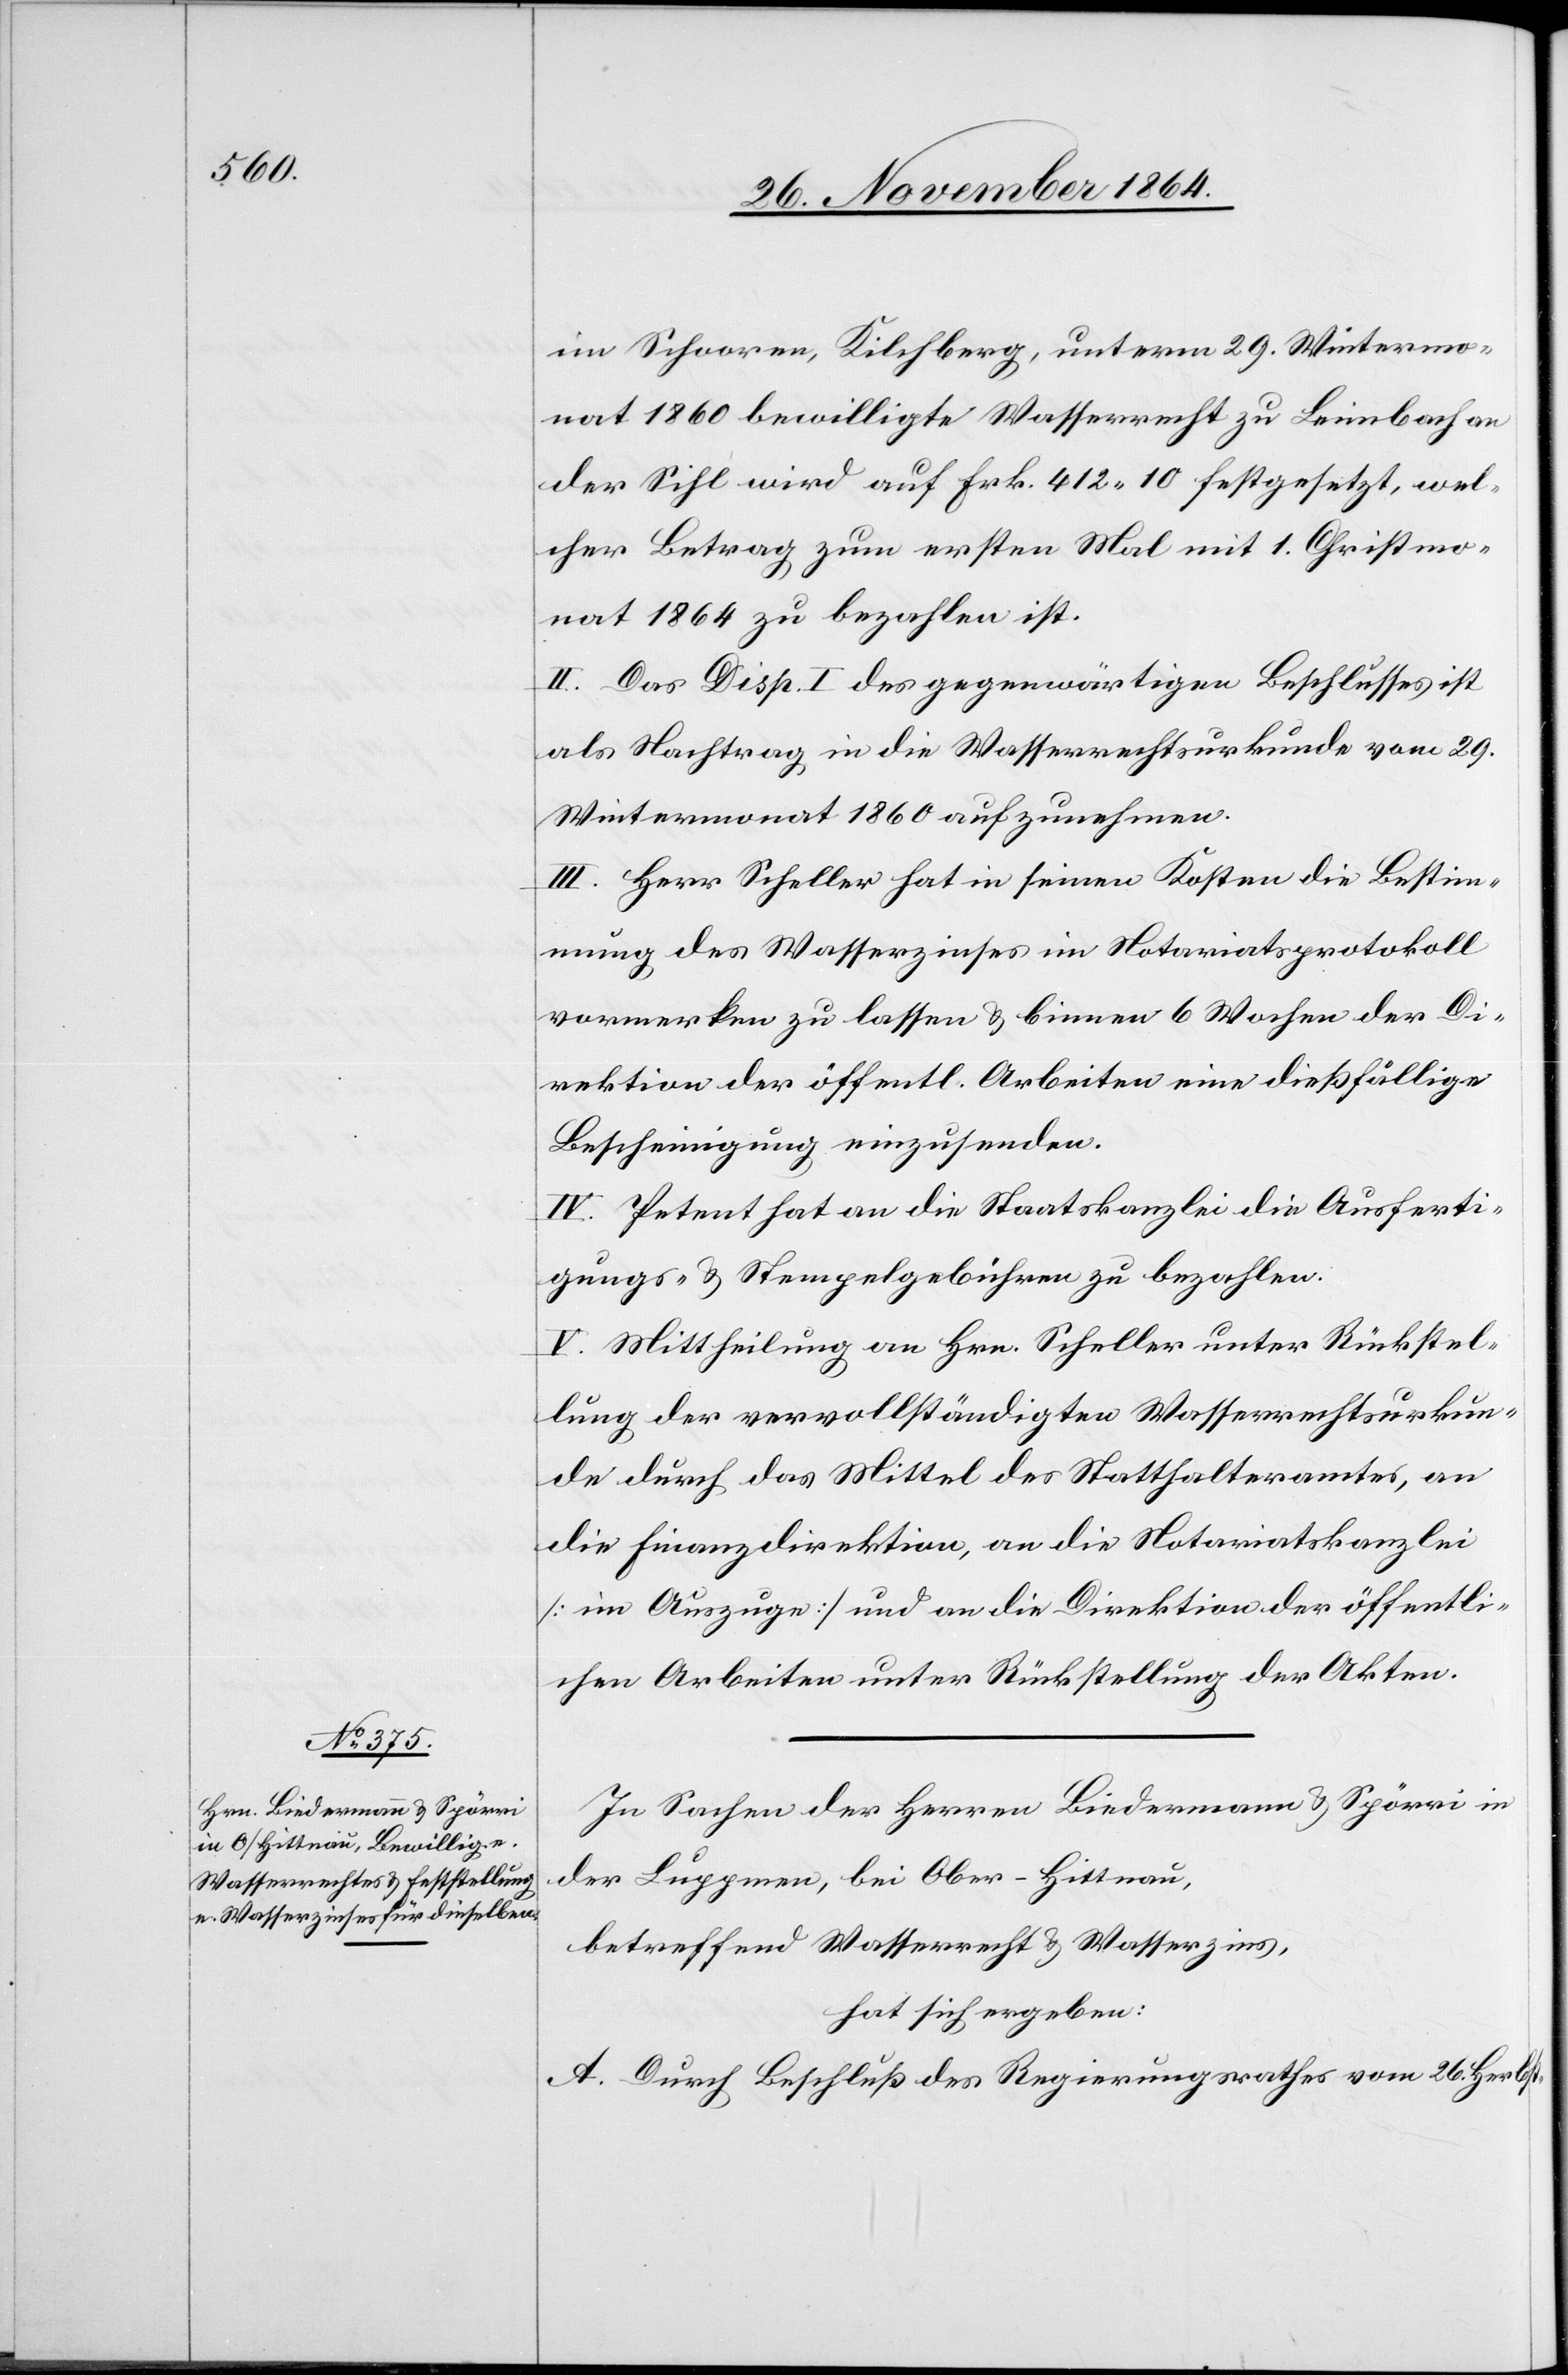
im Schooren, Kilchberg, unterm 29. Wintermo¬
nat 1860 bewilligte Wasserrecht zu Leimbach an
der Sihl wird auf Frk. 412.10 festgesetzt, wel¬
cher Betrag zum ersten Mal mit 1. Christmo¬
nat 1864 zu bezahlen ist.
II. Das Disp. I des gegenwärtigen Beschlusses ist
als Nachtrag in die Wasserrechtsurkunde vom 29.
Wintermonat 1860 aufzunehmen.
III. Herr Scheller hat in seinen Kosten die Bestim¬
mung des Wasserzinses im Notariatsprotokoll
vormerken zu lassen & binnen 6 Wochen der Di¬
rektion der öffentl. Arbeiten eine dießfällige
Bescheinigung einzusenden.
IV. Petent hat an die Staatskanzlei die Ausferti¬
gungs- & Stempelgebühren zu bezahlen.
V. Mittheilung an Hrn. Scheller unter Rückstel¬
lung der vervollständigten Wasserrechtsurkun¬
de durch das Mittel des Statthalteramtes, an
die Finanzdirektion, an die Notariatskanzlei
[im Auszuge] und an die Direktion der öffentli¬
chen Arbeiten unter Rückstellung der Akten.
In Sachen der Herren Biedermann & Spörri in
der Luppmen, bei Ober-Hittnau,
betreffend Wasserrecht & Wasserzins,
hat sich ergeben:
A. Durch Beschluß des Regierungsrathes vom 26. Herbst-